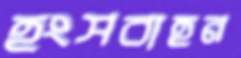
হংসবাহন